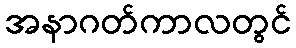
အနာဂတ်ကာလတွင်